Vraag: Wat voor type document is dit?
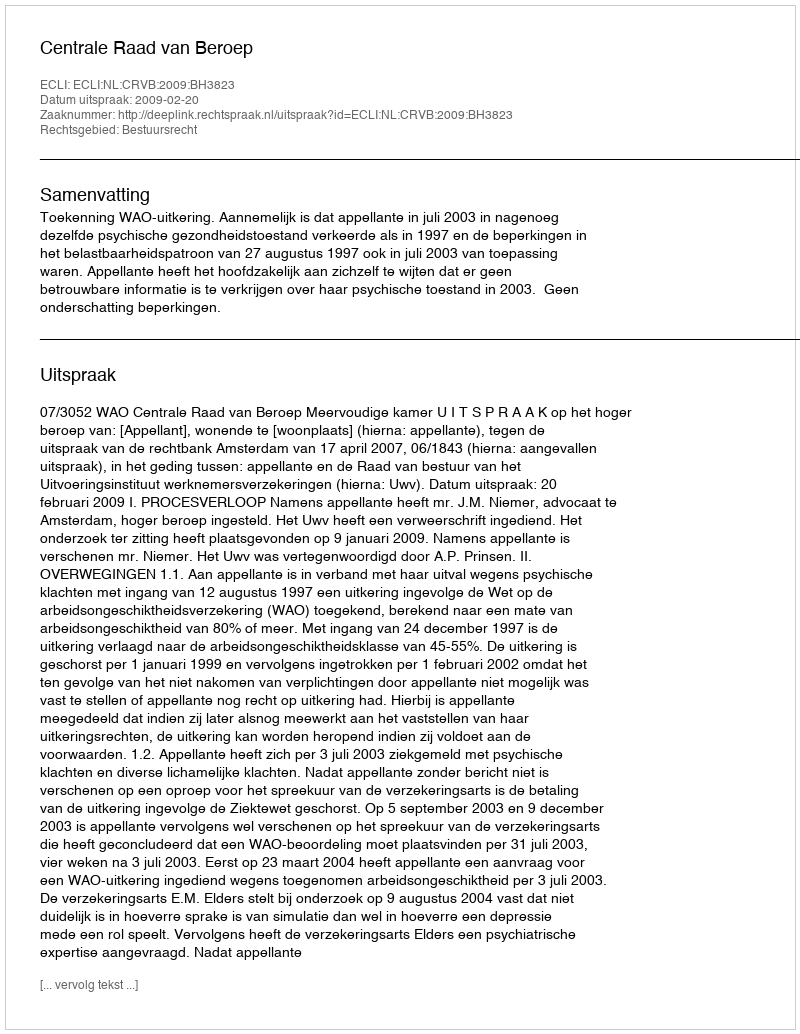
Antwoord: Uitspraak